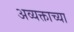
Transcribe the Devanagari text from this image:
अव्यक्ताच्या